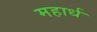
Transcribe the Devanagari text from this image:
महार्ध